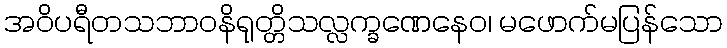
အဝိပရီတသဘာဝနိရုတ္တိသလ္လက္ခဏေနေဝ၊ မဖောက်မပြန်သော